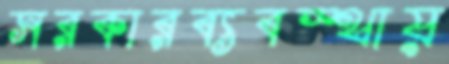
সরকারব্যবস্থায়